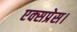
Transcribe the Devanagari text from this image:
एक्‍सप्रेस।